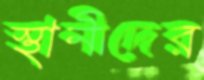
স্থানীদের